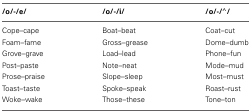
<table><thead><tr><td><b>/o/-/e/</b></td><td><b>/o/-/i/</b></td><td><b>/o/-/<sup>∧</sup>/</b></td></tr></thead><tbody><tr><td>Cope–cape</td><td>Boat–beat</td><td>Coat–cut</td></tr><tr><td>Foam–fame</td><td>Gross–grease</td><td>Dome–dumb</td></tr><tr><td>Grove–grave</td><td>Load–lead</td><td>Phone–fun</td></tr><tr><td>Post–paste</td><td>Note–neat</td><td>Mode–mud</td></tr><tr><td>Prose–praise</td><td>Slope–sleep</td><td>Most–must</td></tr><tr><td>Toast–taste</td><td>Spoke–speak</td><td>Roast–rust</td></tr><tr><td>Woke–wake</td><td>Those–these</td><td>Tone–ton</td></tr></tbody></table>